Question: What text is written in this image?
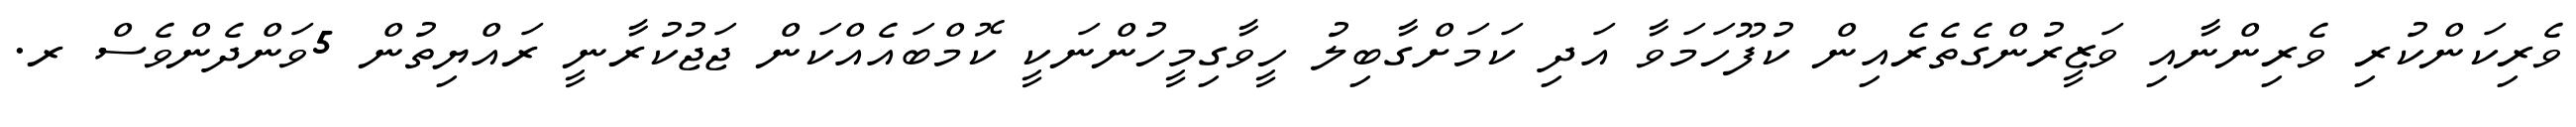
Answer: ވެރިކަންކުރި ވެރިންނާއި ވަޒީރުންގެތެރެއިން ކުފޫހަމަވާ އަދި ކަމަށްގާބިލު ހީވާގިމީހުންނަކީ ކޮމްބައެއްކަން ޖަޖުކުރާނީ ރައްޔިތުން 5ވަންދެންވެސް ރ.